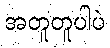
အတူတူပါပဲ